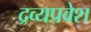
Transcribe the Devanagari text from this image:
द्रव्यप्रवेश